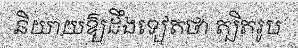
និយាយឱ្យដឹងទៀតថា ត្បិតរូប